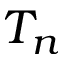
T _ { n }